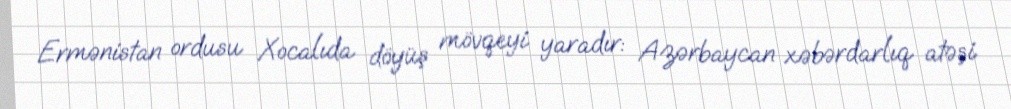
Ermənistan ordusu Xocalıda döyüş mövqeyi yaradır: Azərbaycan xəbərdarlıq atəşi